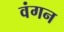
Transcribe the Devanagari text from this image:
वंगन